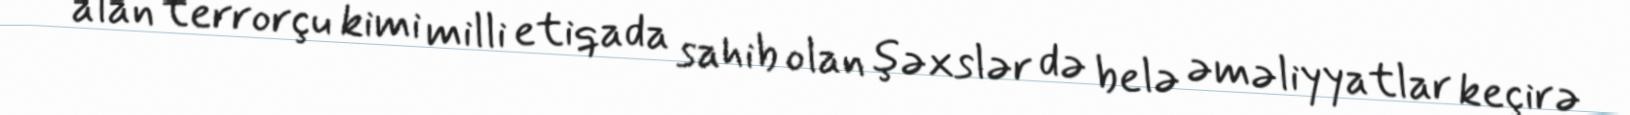
alan terrorçu kimi milli etiqada sahib olan şəxslər də belə əməliyyatlar keçirə